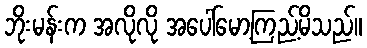
ဘိုးမန်းက အလိုလို အပေါ်မော့ကြည့်မိသည်။